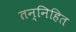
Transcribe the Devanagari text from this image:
तन्निहित